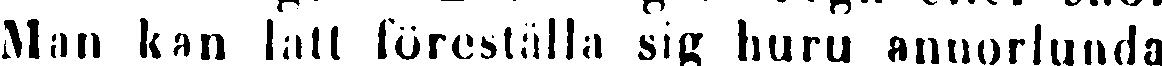
Man kan lätt föreställa sig huru annorlunda